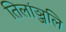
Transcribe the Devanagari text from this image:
तिलांञ्जलि